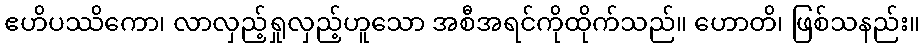
ဧဟိပဿိကော၊ လာလှည့်ရှုလှည့်ဟူသော အစီအရင်ကိုထိုက်သည်။ ဟောတိ၊ ဖြစ်သနည်း။